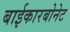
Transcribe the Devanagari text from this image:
बाईकारबोनेट